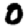
Digit: 0